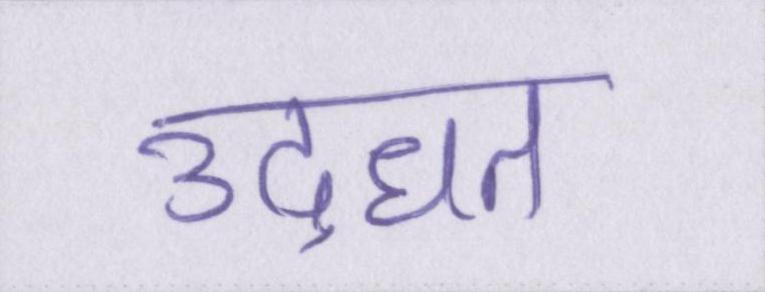
उद्धृत